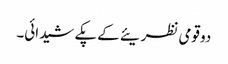
دو قومی نظریئے کے پکے شیدائی۔